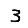
Digit: 3